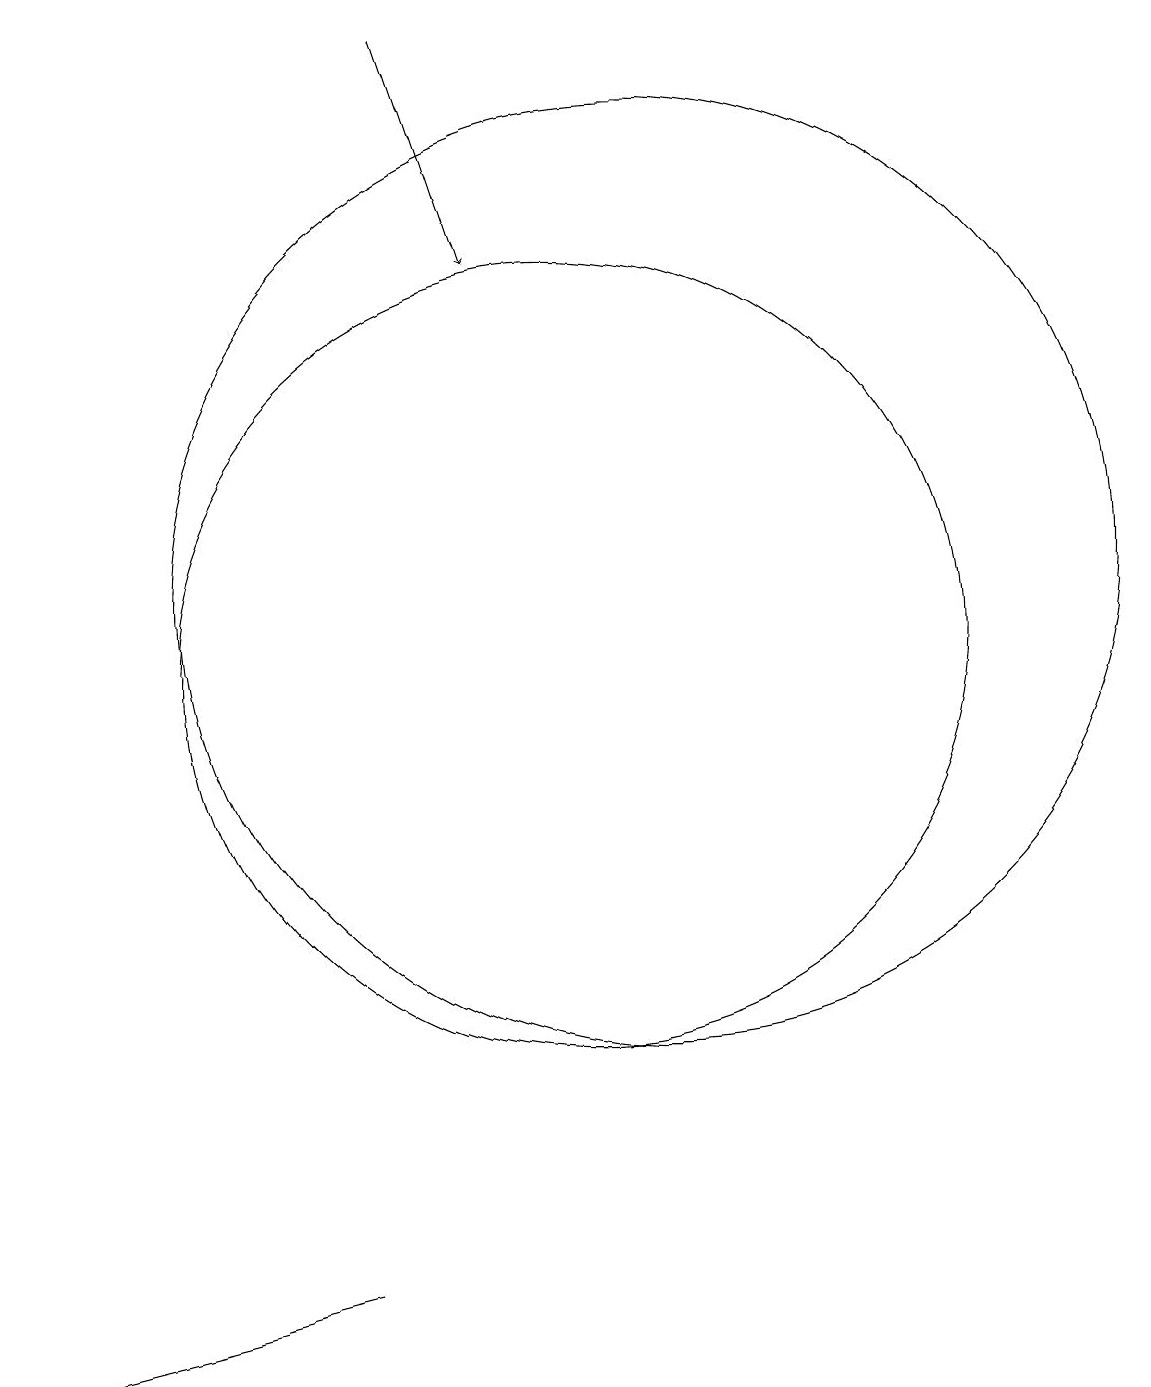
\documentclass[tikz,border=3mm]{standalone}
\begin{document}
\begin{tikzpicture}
\draw (7,3) -- (3,2) -- (3,2) -- cycle;
\draw (10,11) circle (5);
\draw (11,12) circle (6);
\draw[->] (8,19) -- (9,16);
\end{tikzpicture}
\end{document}